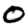
Digit: 0